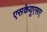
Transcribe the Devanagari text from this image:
एसकेयूएसए